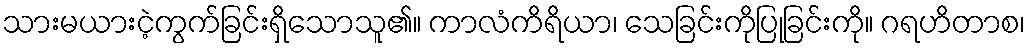
သားမယားငဲ့ကွက်ခြင်းရှိသောသူ၏။ ကာလံကိရိယာ၊ သေခြင်းကိုပြုခြင်းကို။ ဂရဟိတာစ၊